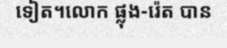
ទៀត។លោក ផ្លុង-រ៉េត បាន